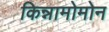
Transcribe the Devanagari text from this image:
किन्नामोमोन